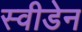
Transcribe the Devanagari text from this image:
स्‍वीडेन